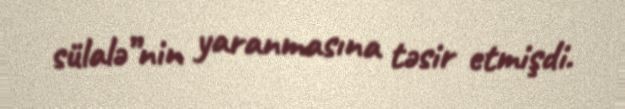
sülalə”nin yaranmasına təsir etmişdi.